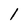
Character: 1